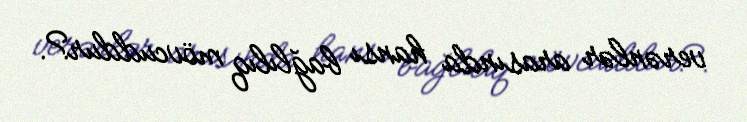
verənlər arasında hansı bağlılıq mövcuddur?.